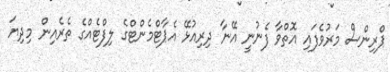
ޕްރިންސް މަރުވެފައި އޮތްވާ ފެނުނީ އޭނާ ދިރިއުޅޭ އެޕާޓްމެންޓްގެ ލިފްޓެއްގެ ތެރެއިން މިދިޔަ